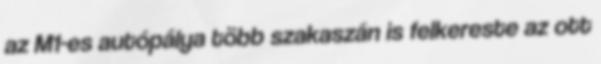
az M1-es autópálya több szakaszán is felkereste az ott